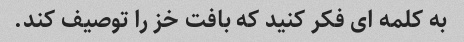
به کلمه ای فکر کنید که بافت خز را توصیف کند.